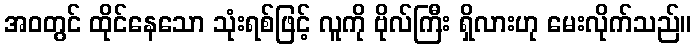
အဝတွင် ထိုင်နေသော သုံးရစ်ဖြင့် လူကို ဗိုလ်ကြီး ရှိလားဟု မေးလိုက်သည်။